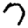
Digit: 7